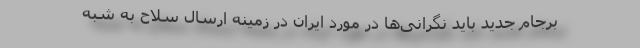
برجام جدید باید نگرانی‌ها در مورد ایران در زمینه ارسال سلاح به شبه